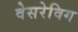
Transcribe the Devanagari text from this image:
वेसरेविग